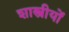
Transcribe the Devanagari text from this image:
शास्त्रीयों